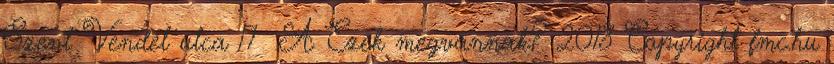
Szent Vendel utca 17 A Ezek megvannak? 2018 Copyright fmc.hu